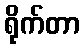
ရိုက်တာ